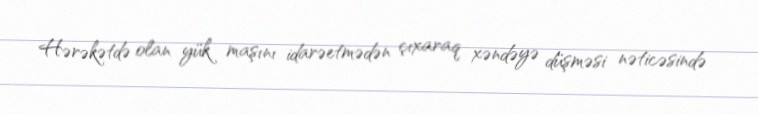
Hərəkətdə olan yük maşını idarəetmədən çıxaraq xəndəyə düşməsi nəticəsində